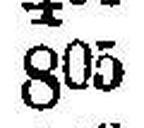
805